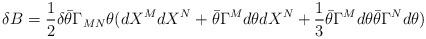
LaTeX: \begin{align*}\delta B = {1\over 2} \delta \bar\theta \Gamma_{MN} \theta (dX^M dX^N +\bar\theta \Gamma^M d\theta d X^N + {1\over 3} \bar\theta \Gamma^M d \theta\bar\theta \Gamma^N d\theta)\end{align*}